Annual administration report of the Civil Veterinary Department of India - 1899-1900
Year: 1899
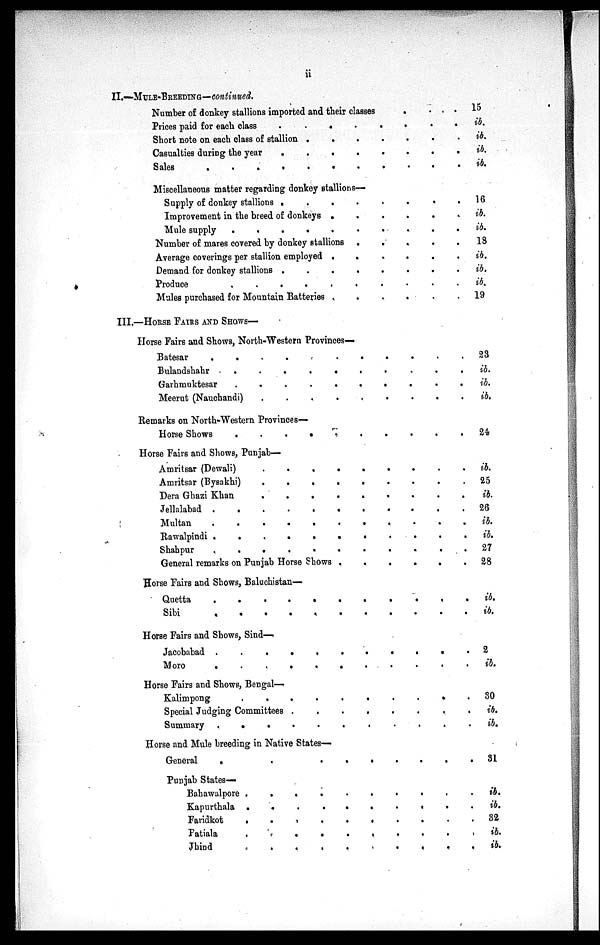
ii
II.—MULE-BREEDING—continued.
Number of donkey stallions imported and their classes
.
Prices paid for each class
.
.
.
.
.
.
.
.
Short note on each class of stallion .
.
.
.
.
.
.
Casualties during the year
.
.
.
.
.
.
.
.
Sales
.
.
.
.
.
.
.
.
.
.
.
Miscellaneous matter regarding donkey stallions—
Supply of donkey stallions .
.
.
.
.
.
.
.
Improvement in the breed of donkeys .
.
.
.
.
.
Mule supply
.
.
.
.
.
.
.
.
.
.
Number of mares covered by donkey stallions .
.
.
.
.
Average coverings per stallion employed .
.
.
.
.
.
Demand for donkey stallions .
.
.
.
.
.
.
.
Produce
..........
Mules purchased for Mountain Batteries .
.
.
.
.
.
III.—HORSE FAIRS AND SHOWS—
Horse Fairs and Shows, North-Western Provinces—
Batesar
.
.
.
.
.
.
.
.
.
.
Bulandshahr
.
.
.
.
.
.
.
.
.
.
Garhmuktesar
.
.
.
.
.
.
.
.
.
.
Meerut (Nauchandi)
.
.
.
.
.
.
.
.
.
Remarks on North-Western Provinces—
Horse Shows
.
.
.
.
.
.
.
.
Horse Fairs and Shows, Punjab—
Amritsar (Dewali)
.
.
.
.
.
.
.
.
.
Amritsar (Bysakhi)
.
.
.
.
.
.
.
.
.
Dera Ghazi Khan
.
.
.
.
.
.
.
.
.
Jellalabad .
.
.
.
.
.
.
.
.
.
.
Multan
.
.
.
.
.
.
Rawalpindi .
.
.
.
.
.
.
.
.
.
.
Shahpur
.
.
.
.
.
.
.
.
.
.
.
General remarks on Punjab Horse Shows .
.
.
.
.
.
Horse Fairs and Shows, Baluchistan—
Quetta
.
.
.
.
.
.
.
Sibi . . . . . . .
Horse Fairs and Shows, Sind—
Jacobabad .
.
.
.
.
.
.
.
.
.
.
Moro
.
.
.
.
.
.
.
Horse Fairs and Shows, Bengal—
Kalimpong
.
.
.
.
.
.
.
.
. .
.
Special Judging Committees .
.
.
.
.
.
Summary .
.
.
.
.
.
.
.
.
.
.
Horse and Mule breeding in Native States—
General
.
.
.
.
.
.
.
.
.
Punjab States—
Bahawalpore .
.
.
.
.
.
.
.
.
.
Kapurthala .
.
.
.
.
.
.
.
.
.
Faridkot
.
.
.
.
.
.
.
.
.
Patiala
.
.
.
.
.
.
.
Jhind
.
.
.
.
.
.
.
15
ib.
ib.
ib.
ib.
16
ib.
ib.
18
ib.
ib,
ib.
19
23
ib.
ib.
ib.
24.
ib.
25
ib.
26
ib.
ib.
27
28
ib.
ib.
2
ib.
30
ib.
ib.
31
ib.
ib.
32
ib.
ib.